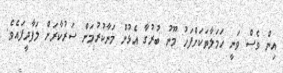
އިން ވެސް ވަނީ ހަމަލާތަކަށްފަހު މޫނު ބުރުގާ އެޅުން މަނާކުރުމަށް ސަރުކާރަށް ލަފާދީފައެވެ.